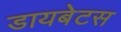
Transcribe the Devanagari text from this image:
डायबेटस